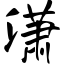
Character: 潇